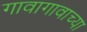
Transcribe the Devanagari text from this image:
गावागावाच्या